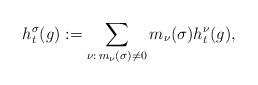
LaTeX: \begin{align*}h_t^\sigma(g) := \sum_{\nu: \, m_\nu(\sigma) \neq 0} m_\nu(\sigma) h_t^\nu (g),\end{align*}